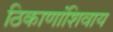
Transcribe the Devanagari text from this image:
ठिकाणांशिवाय